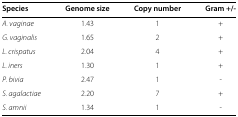
<table><thead><tr><td><b>Species</b></td><td><b>Genome size</b></td><td><b>Copy number</b></td><td><b>Gram +/-</b></td></tr></thead><tbody><tr><td><i>A. vaginae</i></td><td>1.43</td><td>1</td><td>+</td></tr><tr><td><i>G. vaginalis</i></td><td>1.65</td><td>2</td><td>+</td></tr><tr><td><i>L. crispatus</i></td><td>2.04</td><td>4</td><td>+</td></tr><tr><td><i>L. iners</i></td><td>1.30</td><td>1</td><td>+</td></tr><tr><td><i>P. bivia</i></td><td>2.47</td><td>1</td><td>-</td></tr><tr><td><i>S. agalactiae</i></td><td>2.20</td><td>7</td><td>+</td></tr><tr><td><i>S. amnii</i></td><td>1.34</td><td>1</td><td>-</td></tr></tbody></table>